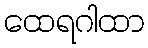
ထေရဂါထာ